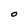
Character: O